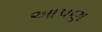
આપણ